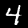
Label: 4